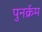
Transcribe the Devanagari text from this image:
पुनर्क्रम